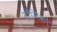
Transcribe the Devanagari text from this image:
टॉनिकों